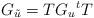
LaTeX: \begin{align*}G_{\tilde u} = T G_u {}^tT \end{align*}